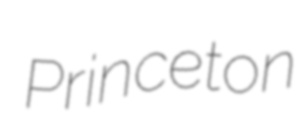
Princeton